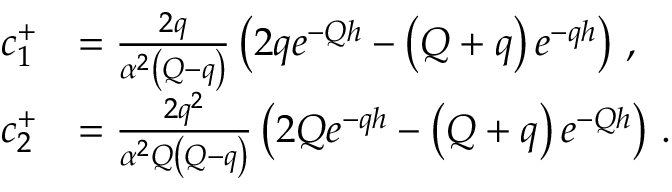
\begin{array} { r l } { c _ { 1 } ^ { + } } & { = \frac { 2 q } { \alpha ^ { 2 } \left( Q - q \right) } \left( 2 q e ^ { - Q h } - \left( Q + q \right) e ^ { - q h } \right) \, , } \\ { c _ { 2 } ^ { + } } & { = \frac { 2 q ^ { 2 } } { \alpha ^ { 2 } Q \left( Q - q \right) } \left( 2 Q e ^ { - q h } - \left( Q + q \right) e ^ { - Q h } \right) \, . } \end{array}